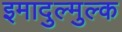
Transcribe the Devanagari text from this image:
इमादुल्मुल्क